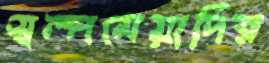
স্বল্পমেয়াদির